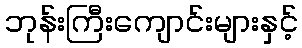
ဘုန်းကြီးကျောင်းများနှင့်